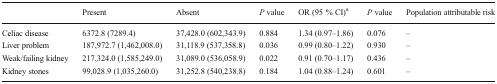
<table><thead><tr><td></td><td><b>Present</b></td><td><b>Absent</b></td><td><b><i>P</i> value</b></td><td><b>OR (95 % CI)<sup>a</sup></b></td><td><b><i>P</i> value</b></td><td><b>Population attributable risk</b></td></tr></thead><tbody><tr><td>Celiac disease</td><td>6372.8 (7289.4)</td><td>37,428.0 (602,343.9)</td><td>0.884</td><td>1.34 (0.97–1.86)</td><td>0.076</td><td>–</td></tr><tr><td>Liver problem</td><td>187,972.7 (1,462,008.0)</td><td>31,118.9 (537,358.8)</td><td>0.036</td><td>0.99 (0.80–1.22)</td><td>0.930</td><td>–</td></tr><tr><td>Weak/failing kidney</td><td>217,324.0 (1,585,249.0)</td><td>31,089.0 (536,058.9)</td><td>0.022</td><td>0.91 (0.70–1.17)</td><td>0.436</td><td>–</td></tr><tr><td>Kidney stones</td><td>99,028.9 (1,035,260.0)</td><td>31,252.8 (540,238.8)</td><td>0.184</td><td>1.04 (0.88–1.24)</td><td>0.601</td><td>–</td></tr></tbody></table>